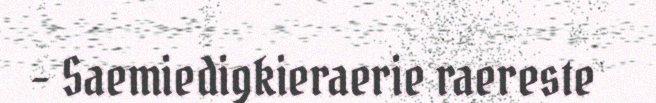
– Saemiedigkieraerie raereste